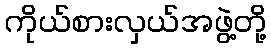
ကိုယ်စားလှယ်အဖွဲ့တို့